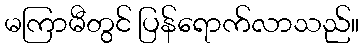
မကြာမီတွင် ပြန်ရောက်လာသည်။